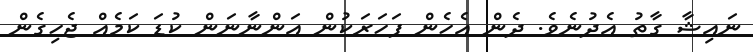
ނައިޝާ ގާތު އެދުނެވެ. ދެން އެހެން ފަހަރަކުން އަންނާނަން ކުޑަ ކަމެއް ޖެހިގެން